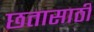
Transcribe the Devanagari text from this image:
छतासाठी